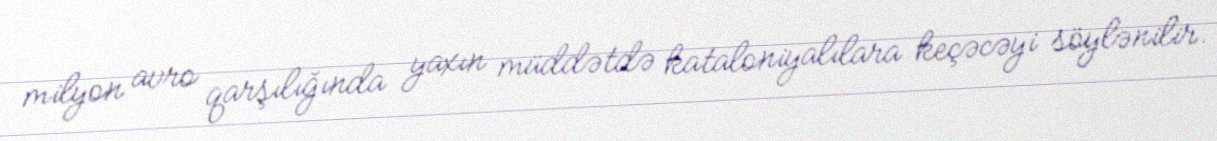
milyon avro qarşılığında yaxın müddətdə kataloniyalılara keçəcəyi söylənilir.